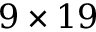
9 \times 1 9